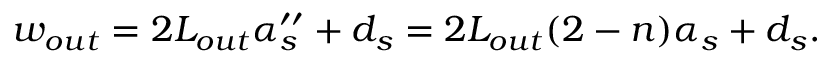
w _ { o u t } = 2 L _ { o u t } \alpha _ { s } ^ { \prime \prime } + d _ { s } = 2 L _ { o u t } ( 2 - n ) \alpha _ { s } + d _ { s } .